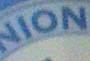
NION